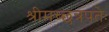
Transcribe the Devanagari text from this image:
श्रीमच्छत्रपतेः